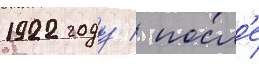
1922 году / посл'е